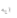
ايه